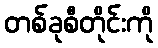
တစ်ခုစီတိုင်းကို